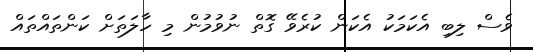
ވެސް ލިބި އެކަމަކު އެކަން ކުރެވޭ ގޮތް ނުވުމުން މި ހާލަތަށް ކަންތައްތައް